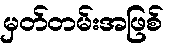
မှတ်တမ်းအဖြစ်